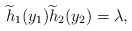
\begin{align*} \widetilde{h}_1 (y_1) \widetilde{h}_2 (y_2) = \lambda, \end{align*}